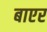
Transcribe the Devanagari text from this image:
बाएर